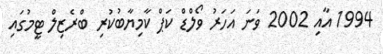
1994 އާއި 2002 ވަނަ އަހަރު ވޯލްޑް ކަޕް ކާމިޔާބުކުރި ބްރެޒިލް ޓީމުގައި